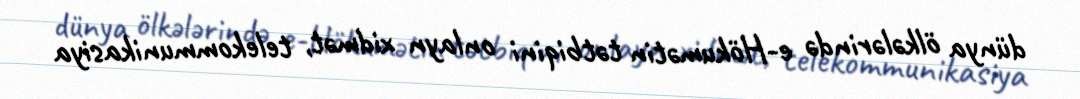
dünya ölkələrində e-Hökumətin tətbiqini onlayn xidmət, telekommunikasiya